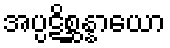
အပ္ပဋိစ္ဆန္နာယော